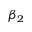
\beta _ { 2 }